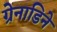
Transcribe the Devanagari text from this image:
ग्रेनाडिने